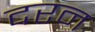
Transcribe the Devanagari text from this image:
दरन